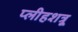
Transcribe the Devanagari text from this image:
प्लीहशत्रू